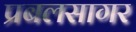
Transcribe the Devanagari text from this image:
प्रबलसागर